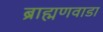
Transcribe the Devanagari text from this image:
ब्राह्मणवाडा